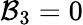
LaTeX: \mathcal{B}_{3}=0